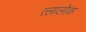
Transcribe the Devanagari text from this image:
त्लालोक